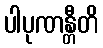
ပါပုဏန္တီတိ